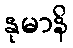
နုမာနိ